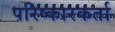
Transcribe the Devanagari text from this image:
परिष्कारकर्ता